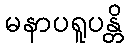
မနာပရူပန္တိ